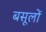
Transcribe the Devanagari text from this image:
बसूलों